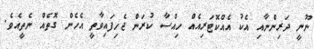
ނޫނީ ދަރިންނާއި އެކު އެއްކޮޓަރިއެއް ހިއްސާ ކުރަން ޖެހިފައިވާތީ އެހެން ގޮތެއް ނެތީއެވެ.